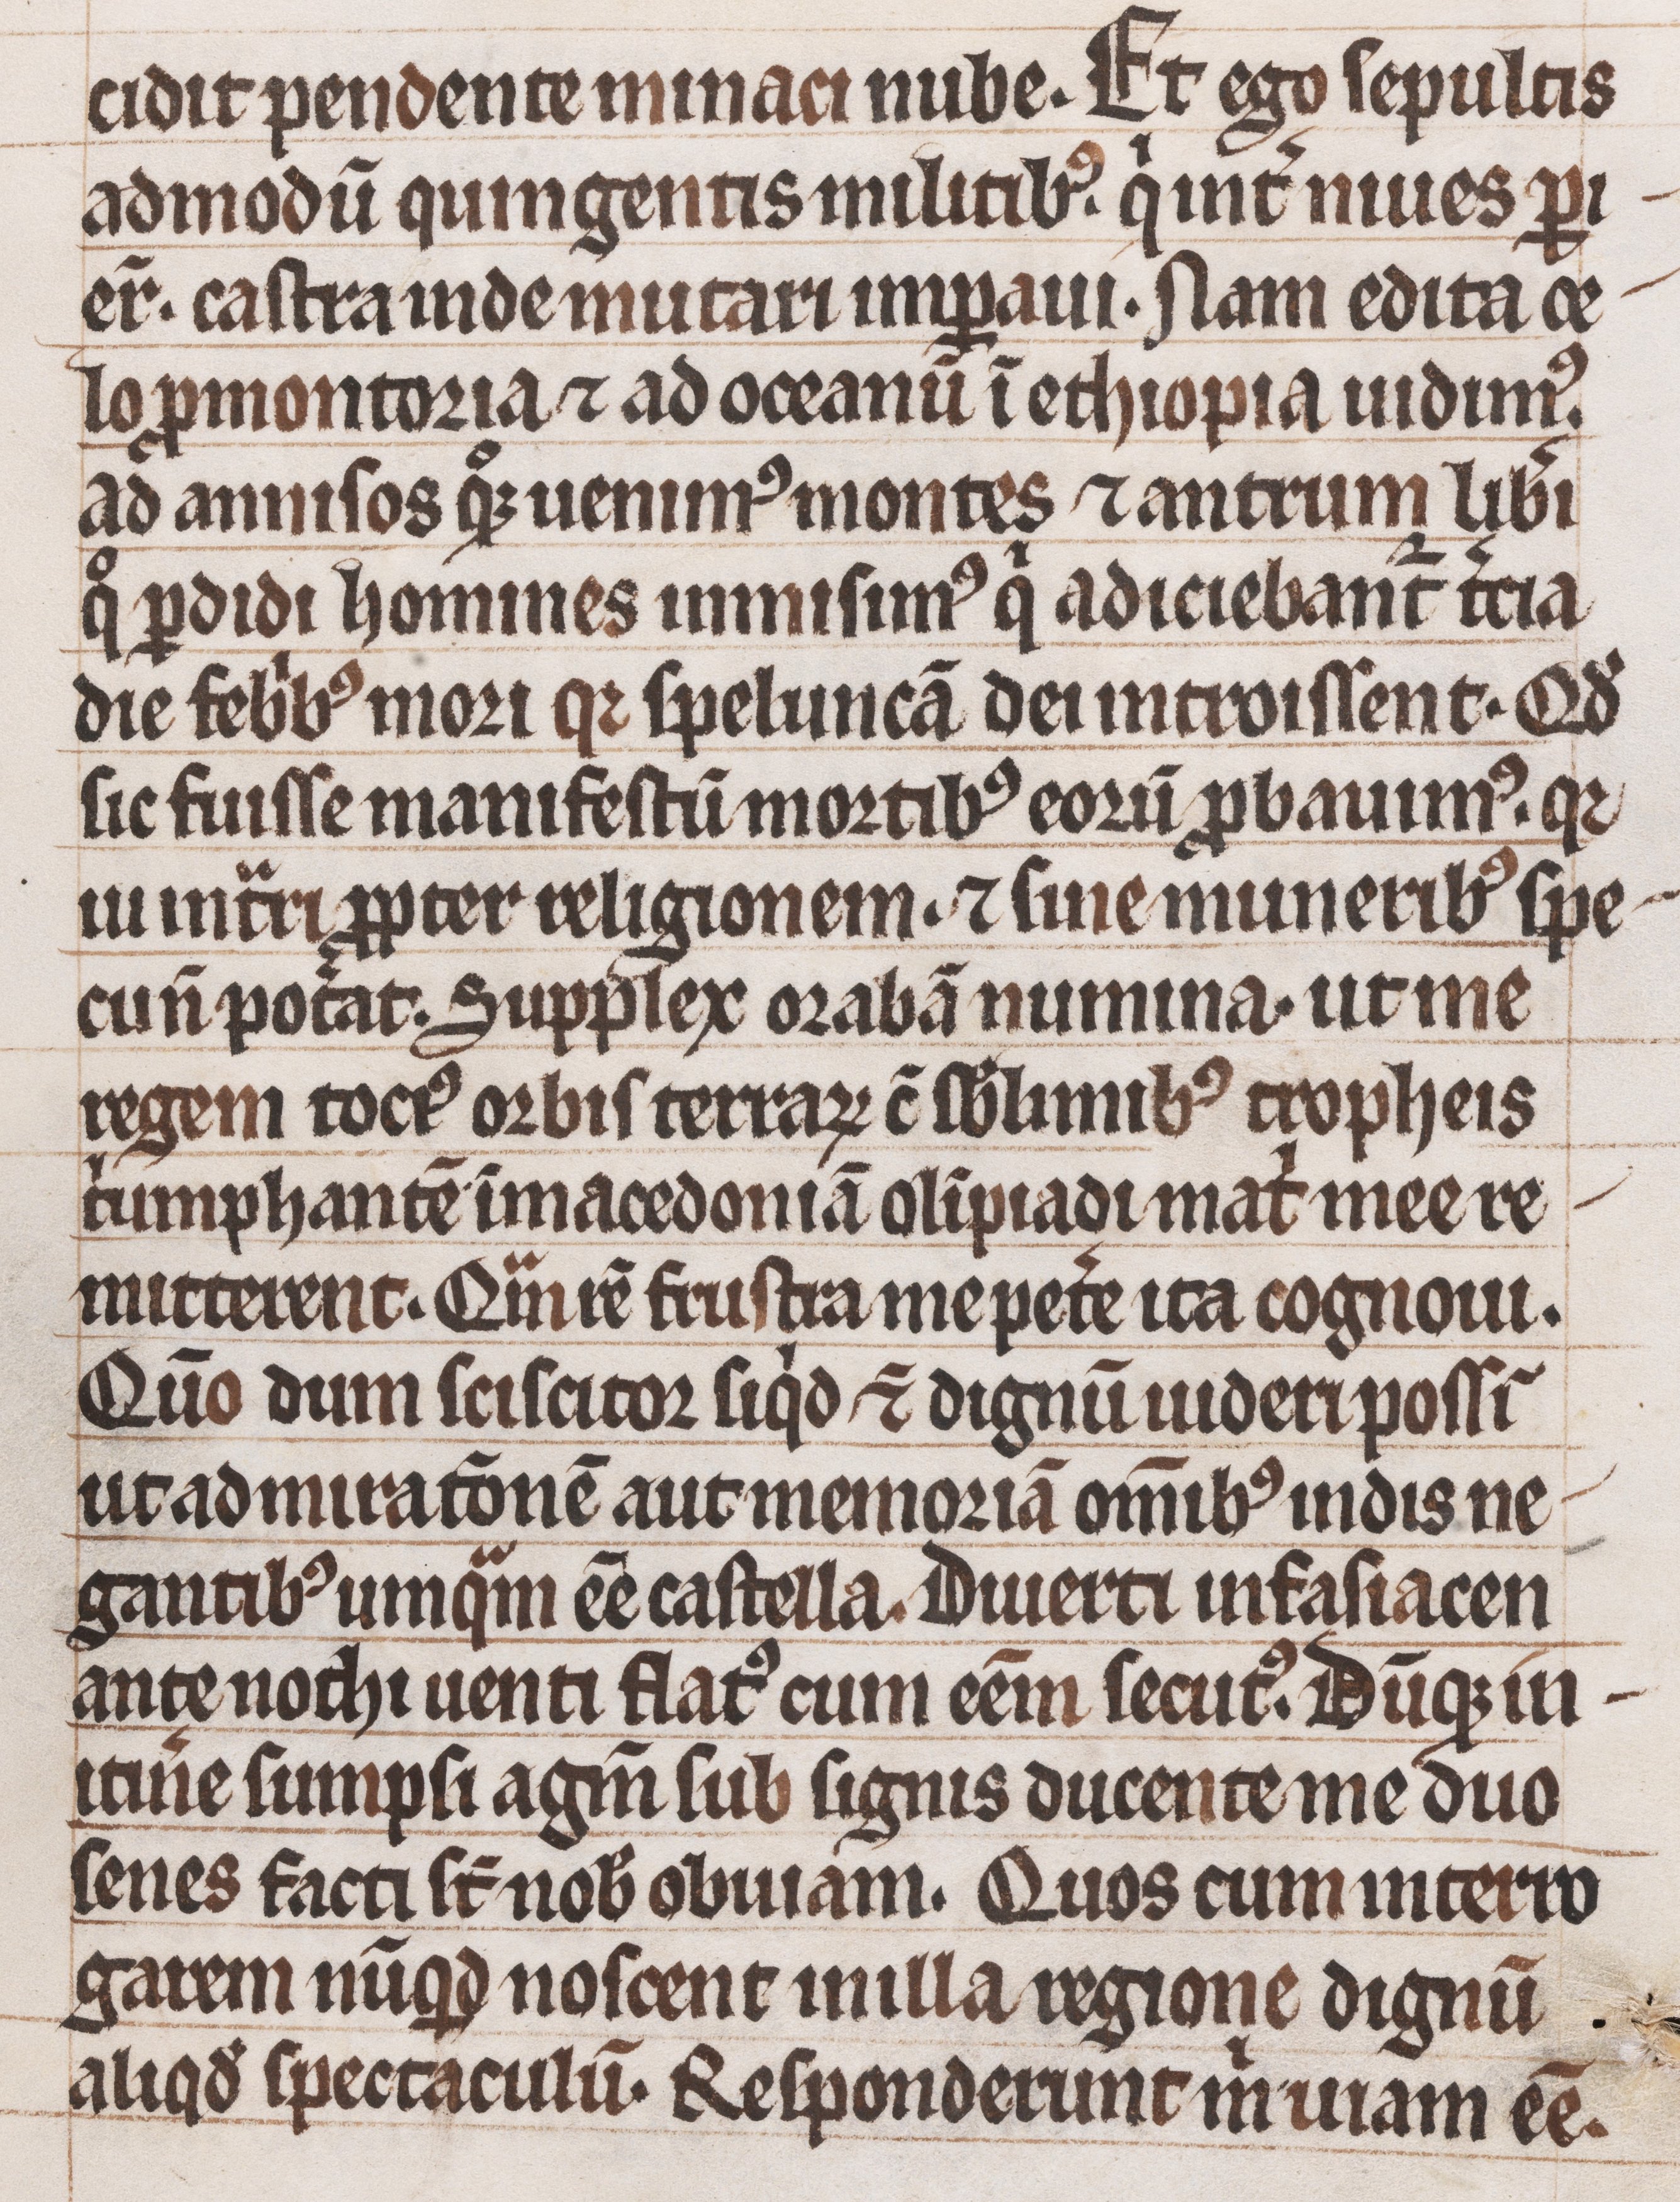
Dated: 1200–1299